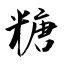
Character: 糖